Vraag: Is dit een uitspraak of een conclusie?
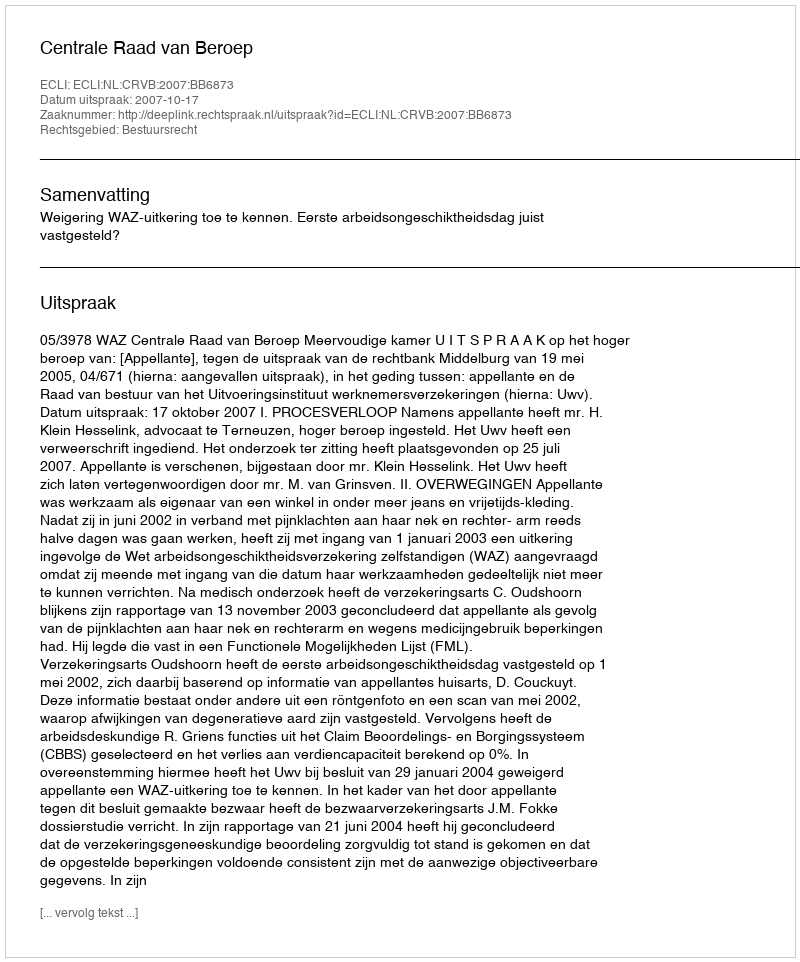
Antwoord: Uitspraak